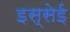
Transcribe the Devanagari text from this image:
इस्सेई